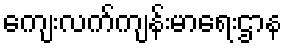
ကျေးလက်ကျန်းမာရေးဌာန